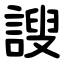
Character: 謏